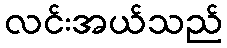
လင်းအယ်သည်